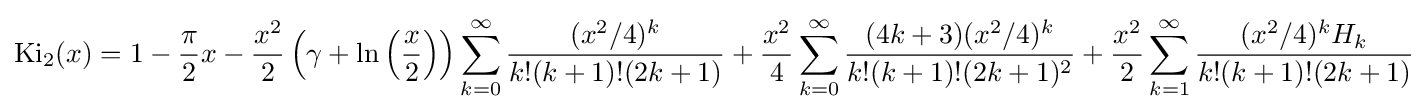
\operatorname {Ki} _{2}(x)=1-{\frac {\pi }{2}}x-{\frac {x^{2}}{2}}\left(\gamma +\ln \left({\frac {x}{2}}\right)\right)\sum _{k=0}^{\infty }{\frac {(x^{2}/4)^{k}}{k!(k+1)!(2k+1)}}+{\frac {x^{2}}{4}}\sum _{k=0}^{\infty }{\frac {(4k+3)(x^{2}/4)^{k}}{k!(k+1)!(2k+1)^{2}}}+{\frac {x^{2}}{2}}\sum _{k=1}^{\infty }{\frac {(x^{2}/4)^{k}H_{k}}{k!(k+1)!(2k+1)}}